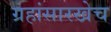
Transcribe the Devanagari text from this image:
ग्रहांसारखेच